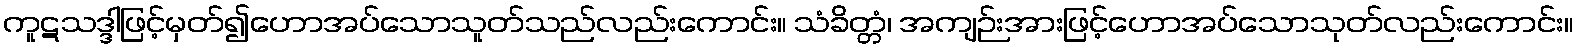
ကူဋသဒ္ဒါဖြင့်မှတ်၍ဟောအပ်သောသူတ်သည်လည်းကောင်း။ သံခိတ္တံ၊ အကျဉ်းအားဖြင့်ဟောအပ်သောသုတ်လည်းကောင်း။